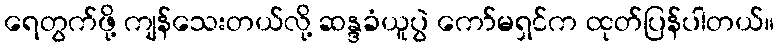
ရေတွက်ဖို့ ကျန်သေးတယ်လို့ ဆန္ဒခံယူပွဲ ကော်မရှင်က ထုတ်ပြန်ပါတယ်။